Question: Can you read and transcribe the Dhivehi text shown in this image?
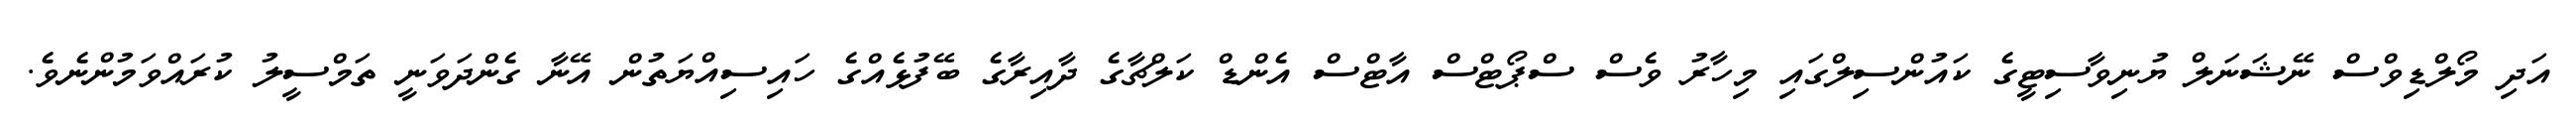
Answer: އަދި މޯލްޑިވްސް ނޭޝަނަލް ޔުނިވާސިޓީގެ ކައުންސިލްގައި މިހާރު ވެސް ސްޕޯޓްސް އާޓްސް އެންޑް ކަލްޗާގެ ދާއިރާގެ ބޭފުޅެއްގެ ހައިސިއްޔަތުން އޭނާ ގެންދަވަނީ ތަމްސީލު ކުރައްވަމުންނެވެ.